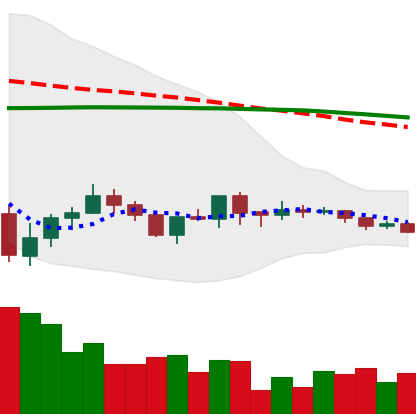
Ticker: ADA-USD
Chart end date: 2019-08-04
Forward return: -15.337%
Label: down_7plus